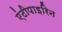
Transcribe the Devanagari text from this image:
एंटीपाइरिन